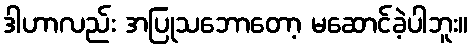
ဒါဟာလည်း အပြုသဘောတော့ မဆောင်ခဲ့ပါဘူး။